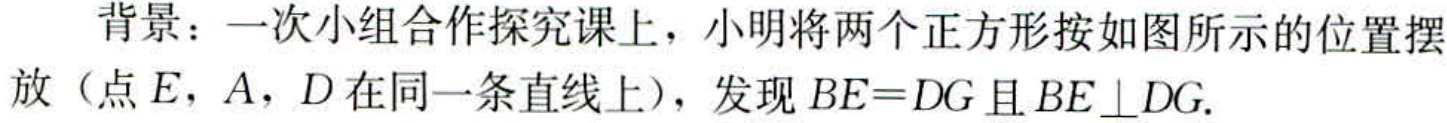
背景：一次小组合作探究课上，小明将两个正方形按如图所示的位置摆

放（点\(E\)，\(A\)，\(D\)在同一条直线上），发现\(BE = DG\)且\(BE\perp DG\).